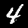
Digit: 4